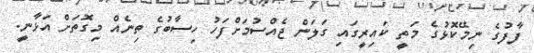
ފާފުގެ ނިމޭކޮޅުގެ މަތީ ކައިރީގައި ގަލަން ޖެއްސުމަށްފަހު ހިސާބުގެ ތިނެއް މިގޮތަށް އަޅާނީ.